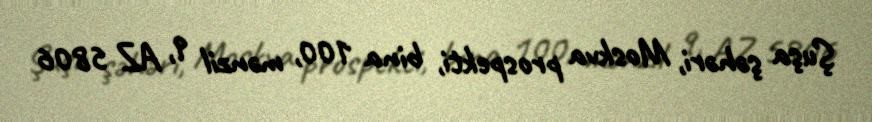
Şuşa şəhəri, Moskva prospekti, bina 100, mənzil 9, AZ 5806